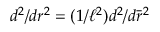
d ^ { 2 } / d r ^ { 2 } = ( 1 / \ell ^ { 2 } ) d ^ { 2 } / d \bar { r } ^ { 2 }